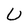
Character: U